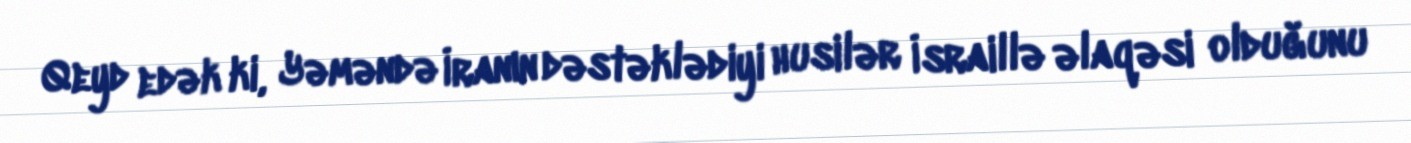
Qeyd edək ki, Yəməndə İranın dəstəklədiyi husilər İsraillə əlaqəsi olduğunu